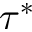
\tau ^ { * }